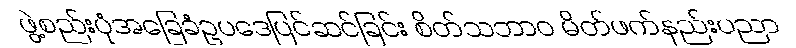
ဖွဲ့စည်းပုံအခြေခံဥပဒေပြင်ဆင်ခြင်း စိတ်သဘာဝ မိတ်ဖက်နည်းပညာ